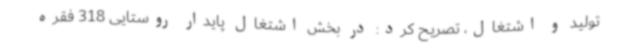
تولید و اشتغال، تصریح کرد: در بخش اشتغال پایدار روستایی 318 فقره